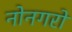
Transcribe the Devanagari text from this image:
नोनगरो